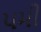
૫મી